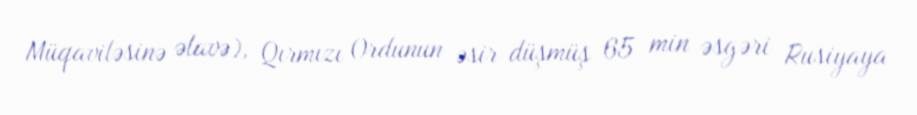
Müqaviləsinə əlavə), Qırmızı Ordunun əsir düşmüş 65 min əsgəri Rusiyaya